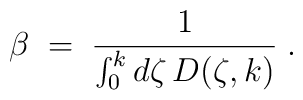
\beta\;=\; {1\over \int_0^k d\zeta\,D(\zeta,k)}\;.